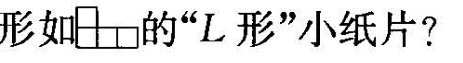
形如 的”L形”小纸片?